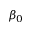
\beta _ { 0 }